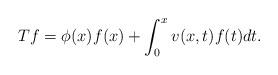
LaTeX: \begin{align*}Tf=\phi(x)f(x)+\int_{0}^{x}v(x,t)f(t)dt.\end{align*}